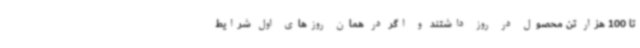
تا 100 هزار تن محصول در روز داشتند و اگر در همان روزهای اول شرایط